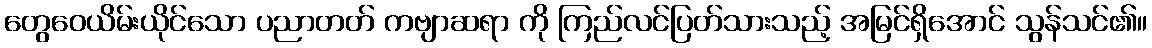
တွေဝေယိမ်းယိုင်သော ပညာတတ် ကဗျာဆရာ ကို ကြည်လင်ပြတ်သားသည့် အမြင်ရှိအောင် သွန်သင်၏။